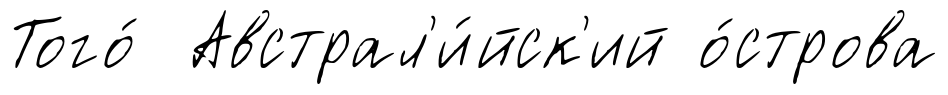
Того́ Австрал'и́йск'ий о́строва